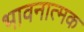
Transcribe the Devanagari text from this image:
भावनात्मक